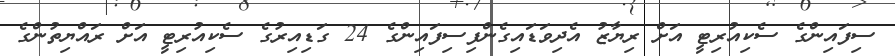
ސިފައިންގެ ސެކިއުރިޓީ އަށް ރިޔާޒު އެދިވަޑައިގެންފިސިފައިންގެ 24 ގަޑިއިރުގެ ސެކިއުރިޓީ އަށް ރައްޔިތުންގެ